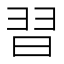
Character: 𮊸